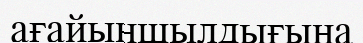
ағайыншылдығына